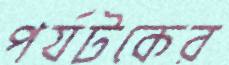
পর্যটকের